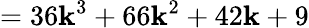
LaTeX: =36\mathbf{k}^{3}+66\mathbf{k}^{2}+42\mathbf{k}+9